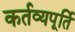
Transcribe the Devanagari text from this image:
कर्तव्यपूर्ति